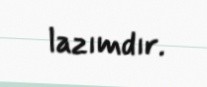
lazımdır.